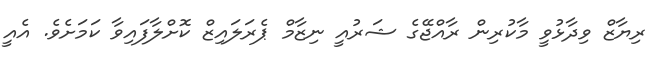
ރިޔާޒް ވިދާޅުވީ މާކުރިން ރާއްޖޭގެ ޝަރުއީ ނިޒާމް ޕެރަލައިޒް ކޮށްލާފައިވާ ކަމަށެވެ. އެއީ